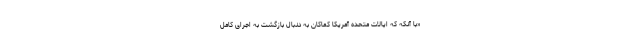
«با آنکه که ایالات متحده آمریکا کماکان به دنبال بازگشت به اجرای کامل